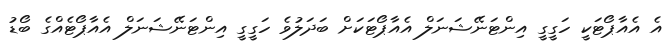
އެ އެއާޕޯޓަކީ ހަގީގީ އިންޓަނޭޝަނަލް އެއާޕޯޓަކަށް ބަދަލުވެ ހަގީގީ އިންޓަނޭޝަނަލް އެއާޕޯޓެއްގެ ބޯޑު